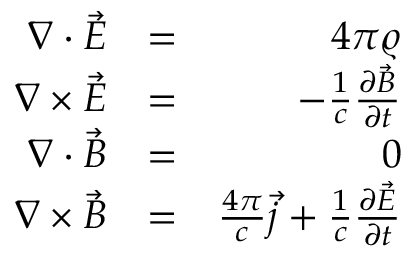
\begin{array} { r l r } { \nabla \cdot \vec { E } } & { = } & { 4 \pi \varrho } \\ { \nabla \times \vec { E } } & { = } & { - \frac { 1 } { c } \frac { \partial \vec { B } } { \partial t } } \\ { \nabla \cdot \vec { B } } & { = } & { 0 } \\ { \nabla \times \vec { B } } & { = } & { \frac { 4 \pi } { c } \vec { j } + \frac { 1 } { c } \frac { \partial \vec { E } } { \partial t } } \end{array}